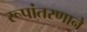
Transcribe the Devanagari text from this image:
रूपांतरणाने